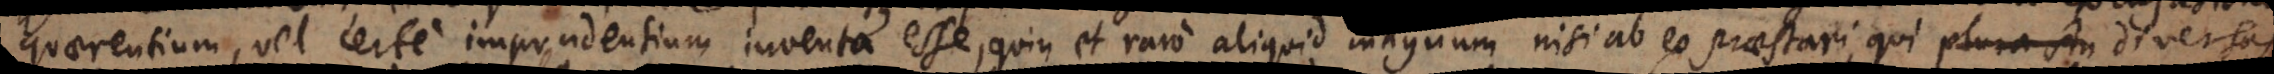
quaerentium, vel certe imprudentium inventa esse, quin et raro aliquid magnum nisi ab eo praestari, qui plura stu diversas